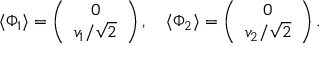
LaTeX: \langle \Phi _ { 1 } \rangle = \left( \begin{array} { c } { { 0 } } \\ { { v _ { 1 } / \sqrt 2 } } \end{array} \right) , ~ ~ ~ \langle \Phi _ { 2 } \rangle = \left( \begin{array} { c } { { 0 } } \\ { { v _ { 2 } / \sqrt 2 } } \end{array} \right) .